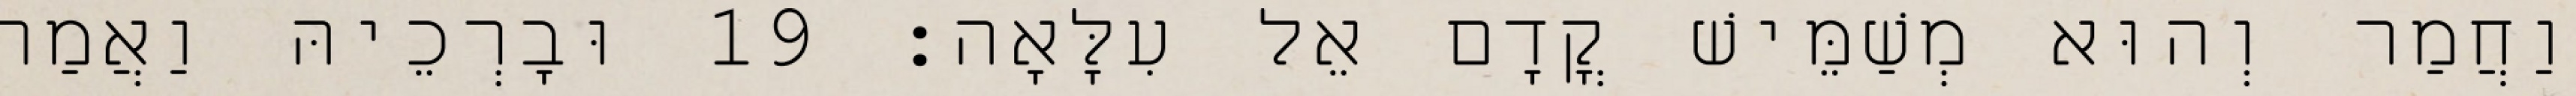
וַחֲמַר וְהוּא מְשַׁמֵּישׁ קֳדָם אֵל עִלָּאָה׃ 19 וּבָרְכֵיהּ וַאֲמַר